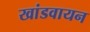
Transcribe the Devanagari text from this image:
खांडवायन